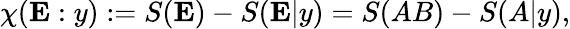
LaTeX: \chi(\mathbf{E}:y):=S(\mathbf{E})-S(\mathbf{E}|y)=S(AB)-S(A|y),